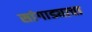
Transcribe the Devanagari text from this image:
सांगाड्याचा